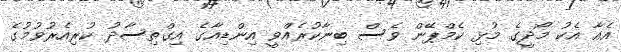
އެއާ އެކު މޯދީގެ މުޅި ކެމްޕޭން ވެސް ބިނާކުރެއްވީ އިންޑިއާގެ އިގްތިސާދު ކުރިއެރުވުމުގެ